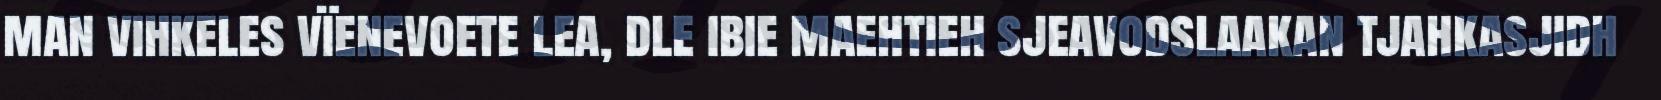
man vihkeles vïenevoete lea, dle ibie maehtieh sjeavodslaakan tjahkasjidh